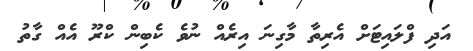
އަދި ފްލައިޓަށް އެރިތާ މާގިނަ އިރެއް ނުވެ ކެބިން ކްރޫ އެއް ގާތު